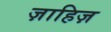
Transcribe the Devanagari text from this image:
ज़ाहिज़